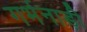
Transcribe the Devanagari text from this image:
गर्भनाड़ी